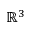
\mathbb { R } ^ { 3 }